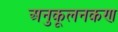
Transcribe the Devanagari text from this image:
अनुकूलनकण